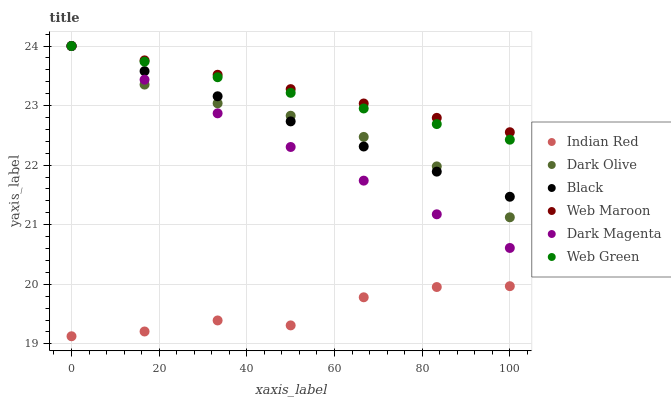
| xaxis_label | Indian Red | Dark Olive | Black | Web Maroon | Dark Magenta | Web Green |
 | --- | --- | --- | --- | --- | --- | --- |
 | 0 | 19.1 | 24 | 24 | 24 | 24 | 24 |
 | 16.7 | 19.2 | 23.4 | 23.6 | 23.8 | 23.4 | 23.7 |
 | 33.3 | 19.4 | 23 | 23.2 | 23.5 | 22.9 | 23.5 |
 | 50 | 19.3 | 22.8 | 22.7 | 23.3 | 22.3 | 23.2 |
 | 66.7 | 19.8 | 22.5 | 22.3 | 23 | 21.7 | 23 |
 | 83.3 | 20 | 22 | 21.9 | 22.8 | 21.2 | 22.7 |
 | 100 | 20 | 21.1 | 21.5 | 22.6 | 20.6 | 22.4 |